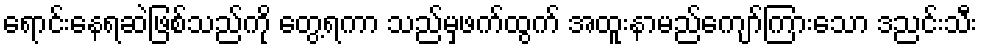
ရောင်းနေရဆဲဖြစ်သည်ကို တွေ့ရကာ သည်မှဖက်ထွက် အထူးနာမည်ကျော်ကြားသော ဒညင်းသီး